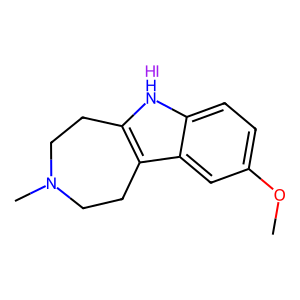
SMILES: COc1ccc2[nH]c3c(c2c1)CCN(C)CC3.I
Inhibits HIV replication: No